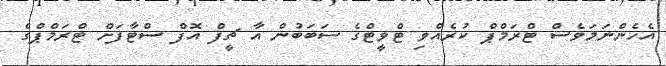
އެހެންނަމަވެސް ޓްރަމްޕް ކުރެއްވި ޓްވީޓްގެ ސަބަބުން އާ ޗީފް އޮފް ސްޓާފަށް ޓްރަމްޕްގެ